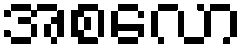
အစလော